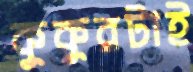
কুকুরটাই